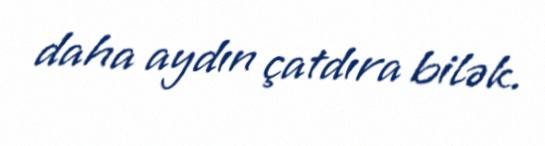
daha aydın çatdıra bilək.